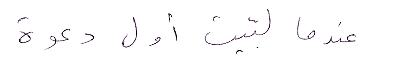
عندما لبّيت أول دعوة